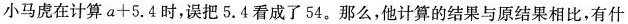
小马虎在计算$$a+5.4$$时，误把5.4看成了54。那么，他计算的结果与原结果相比，有什